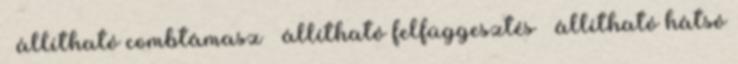
– állítható combtámasz – állítható felfüggesztés – állítható hátsó